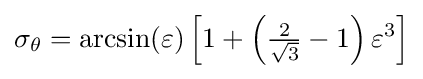
\sigma _{\theta }=\arcsin(\varepsilon )\left[1+\left({\tfrac {2}{\sqrt {3}}}-1\right)\varepsilon ^{3}\right]